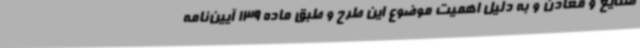
صنایع و معادن و به دلیل اهمیت موضوع این طرح و طبق ماده 139 آیین‌نامه